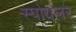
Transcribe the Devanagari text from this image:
स्पोयलर